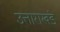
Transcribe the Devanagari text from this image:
उत्ताराखंड